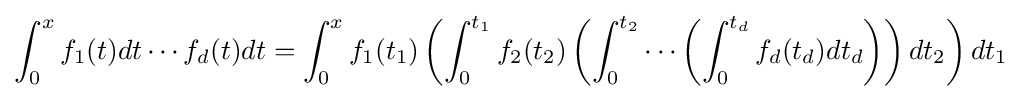
\int _{0}^{x}f_{1}(t)dt\cdots f_{d}(t)dt=\int _{0}^{x}f_{1}(t_{1})\left(\int _{0}^{t_{1}}f_{2}(t_{2})\left(\int _{0}^{t_{2}}\cdots \left(\int _{0}^{t_{d}}f_{d}(t_{d})dt_{d}\right)\right)dt_{2}\right)dt_{1}